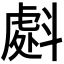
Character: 𭤜